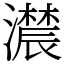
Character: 𤂑